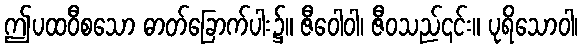
ဤပထဝီစသော ဓာတ်ခြောက်ပါး၌။ ဇီဝေါဝါ၊ ဇီဝသည်၎င်း။ ပုရိသောဝါ၊